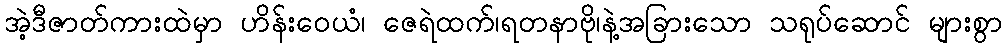
အဲ့ဒီဇာတ်ကားထဲမှာ ဟိန်းဝေယံ၊ ဇေရဲထက်၊ရတနာဗို၊နဲ့အခြားသော သရုပ်ဆောင် များစွာ